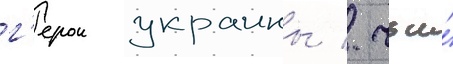
г'ерои украины / чьи́